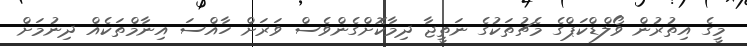
މީގެ އިތުރުން ވޯލްޑްކަޕްގެ މެޗުތަކުގެ ނަތީޖާ ދިމާކޮށްގެންވެސް ވަރަށް ހާއްސަ އިނާމްތަކެއް ދިނުމަށް